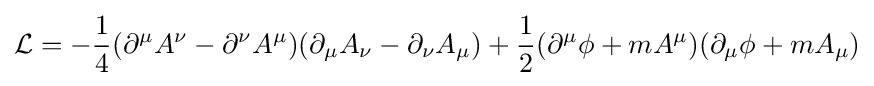
{\mathcal {L}}=-{\frac {1}{4}}(\partial ^{\mu }A^{\nu }-\partial ^{\nu }A^{\mu })(\partial _{\mu }A_{\nu }-\partial _{\nu }A_{\mu })+{\frac {1}{2}}(\partial ^{\mu }\phi +mA^{\mu })(\partial _{\mu }\phi +mA_{\mu })